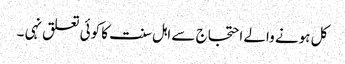
کل ہونے والے احتجاج سے اہل سنت کا کوئی تعلق نہی ۔